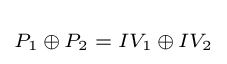
\scriptstyle P_{1}\,\oplus \,P_{2}\;=\;IV_{1}\,\oplus \,IV_{2}